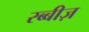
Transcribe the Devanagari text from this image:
रब्बीज़